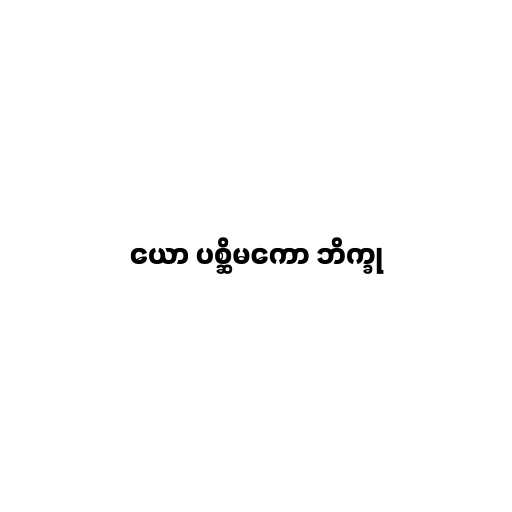
ယော ပစ္ဆိမကော ဘိက္ခု